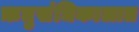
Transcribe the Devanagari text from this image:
ऋतुसंधिकालात